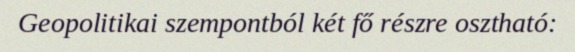
Geopolitikai szempontból két fő részre osztható: